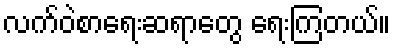
လက်ဝဲစာရေးဆရာတွေ ရေးကြတယ်။